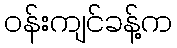
ဝန်းကျင်ခန့်က